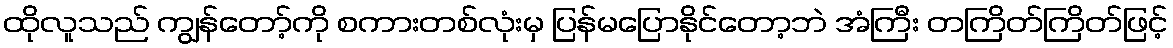
ထိုလူသည် ကျွန်တော့်ကို စကားတစ်လုံးမှ ပြန်မပြောနိုင်တော့ဘဲ အံကြီး တကြိတ်ကြိတ်ဖြင့်